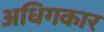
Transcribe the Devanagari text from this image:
अधिगकार